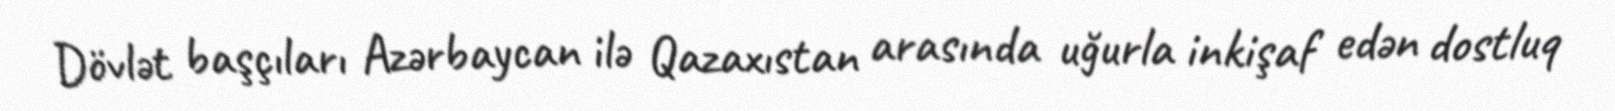
Dövlət başçıları Azərbaycan ilə Qazaxıstan arasında uğurla inkişaf edən dostluq